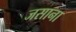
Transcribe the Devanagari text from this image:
जसाना